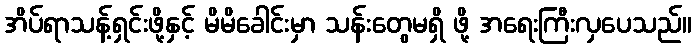
အိပ်ရာသန့်ရှင်းဖို့နှင့် မိမိခေါင်းမှာ သန်းတွေမရှိ ဖို့ အရေးကြီးလှပေသည်။